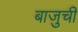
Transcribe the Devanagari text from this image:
बाजुची